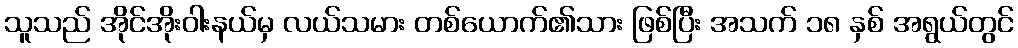
သူသည် အိုင်အိုးဝါးနယ်မှ လယ်သမား တစ်ယောက်၏သား ဖြစ်ပြီး အသက် ၁၈ နှစ် အရွယ်တွင်